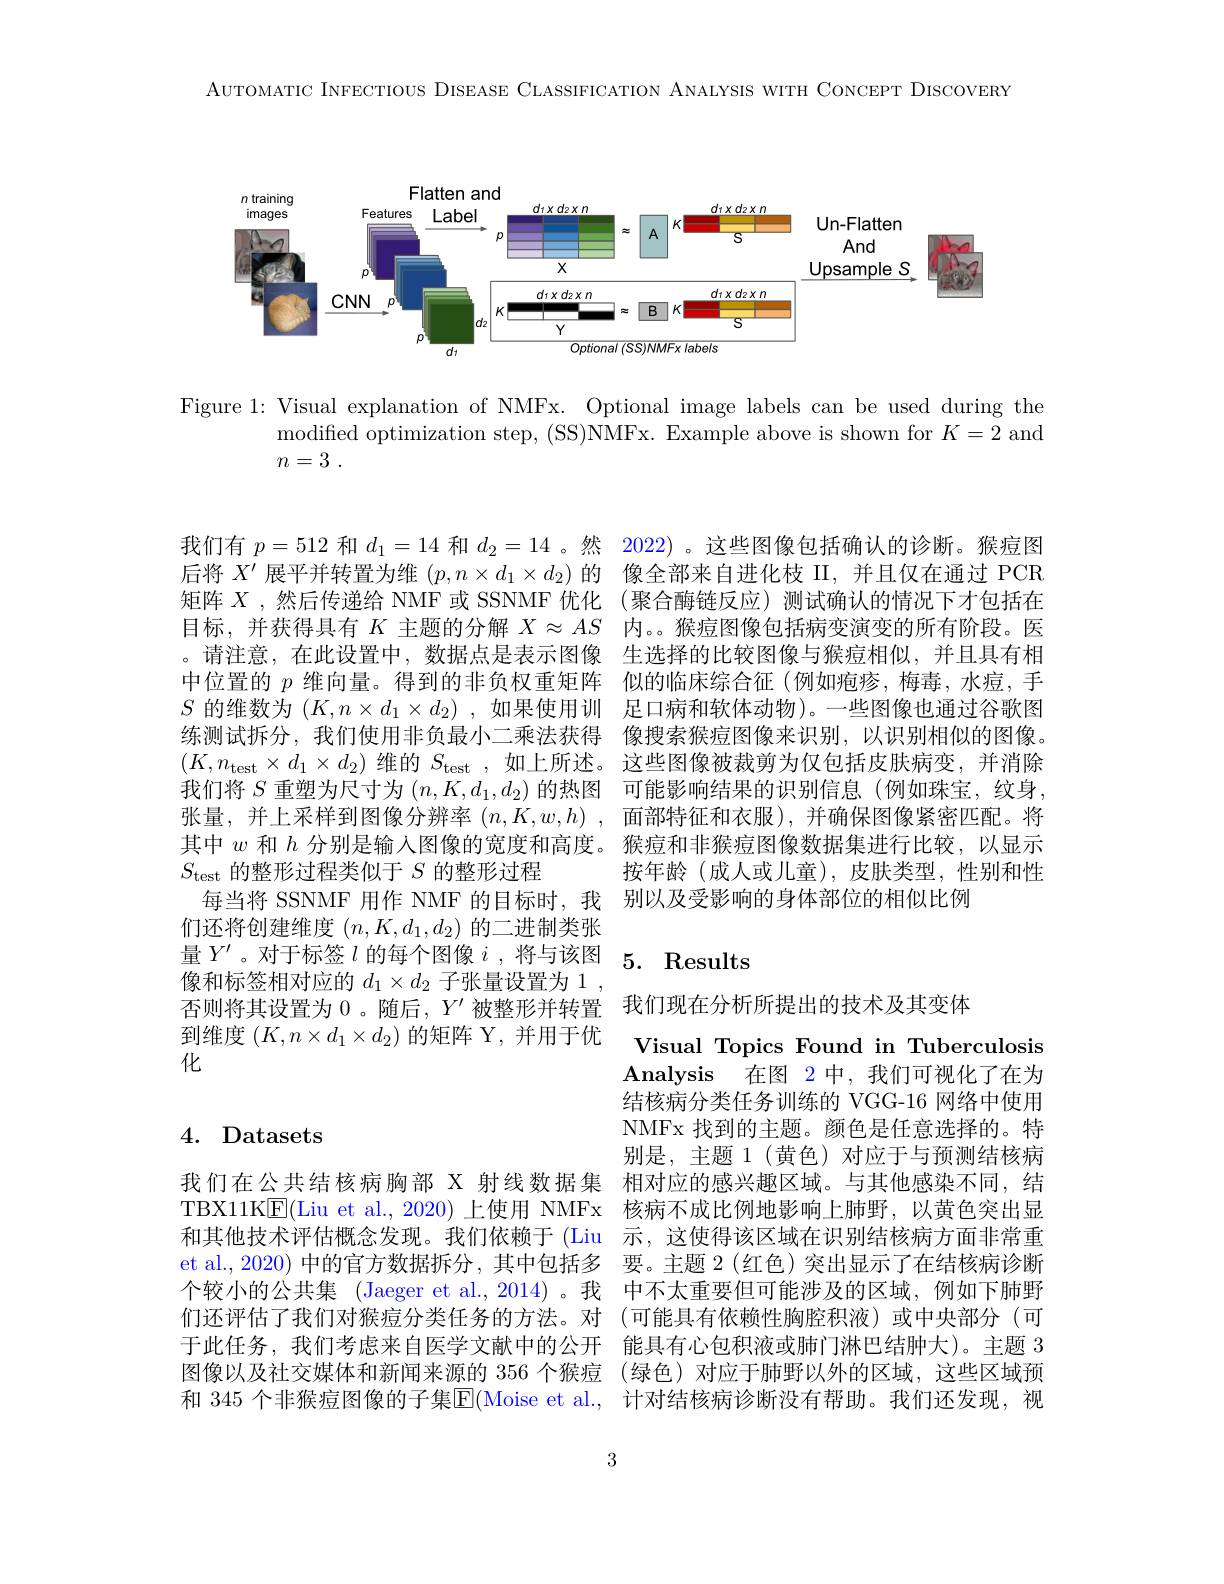
AUTOMATIC INFECTIOUS DISEASE CLASSIFICATION ANALYSIS WITH CONCEPT DISCOVERY

<FigureHere>

Figure 1: Visual explanation of NMFx. Optional image labels can be used during the
modified optimization step, (SS)NMFx. Example above is shown for $K=2$ and
$n= 3$ .

$S_{\mathrm{test}}$的整形过程类似于$S$的整形过程
们还将创建维度$(n,K,d_1,d_2)$的二进制类张
量$Y^\prime$。对于标签$l$ 的每个图像$i$,将与该图5.Results
像和标签相对应的$d_1\times d_2$子张量设置为 1 ,
否则将其设置为0 。随后，$Y^{\prime}$被整形并转置 我们现在分析所提出的技术及其变体
到维度$(K,n\times d_1\times d_2)$的矩阵 Y,并用于优
化

## 4. Datasets

我们有$p=512$和$d_{1}=14$和$d_{2}=14$ 。然 2022) 。这些图像包括确认的诊断。猴痘图后将$X^{\prime}$展平并转置为维$(p,n\times d_1\times d_2)$的 像全部来自进化枝 II,并且仅在通过 PCR 矩阵$X$ ,然后传递给 NMF 或 SSNMF 优化 (聚合酶链反应)测试确认的情况下才包括在目标，并获得具有$K$主题的分解$X\approx AS$内。。猴痘图像包括病变演变的所有阶段。医。请注意，在此设置中，数据点是表示图像 生选择的比较图像与猴痘相似，并且具有相中位置的$p$维向量。得到的非负权重矩阵 似的临床综合征 (例如疱疹，梅毒，水痘，手$S$的维数为$(K,n\times d_1\times d_2)$ ,如果使用训 足口病和软体动物)。一些图像也通过谷歌图练测试拆分，我们使用非负最小二乘法获得 像搜索猴痘图像来识别，以识别相似的图像。$(K,n_{\mathrm{test}}\times d_1\times d_2)$维的$S_\mathrm{test}$ ,如上所述。这些图像被裁剪为仅包括皮肤病变，并消除我们将$S$重塑为尺寸为$(n,K,d_1,d_2)$的热图 可能影响结果的识别信息(例如珠宝，纹身， 张量，并上采样到图像分辨率 $( n, K, w, h)$ , 面部特征和衣服),并确保图像紧密匹配。将其中$w$和$h$分别是输入图像的宽度和高度。猴痘和非猴痘图像数据集进行比较，以显示
按年龄(成人或儿童),皮肤类型，性别和性
每当将 SSNMF 用作 NMF 的目标时，我 别以及受影响的身体部位的相似比例

Visual Topics Found in Tuberculosis Analysis 在图 2中，我们可视化了在为结核病分类任务训练的 VGG-16 网络中使用NMFx 找到的主题。颜色是任意选择的。特别是，主题 1(黄色)对应于与预测结核病
我们在公共结核病胸部 X 射线数据集 相对应的感兴趣区域。与其他感染不同，结TBX11K$\underline{\mathrm{E}}($Liu et al., 2020) 上使用 NMFx 核病不成比例地影响上肺野，以黄色突出显和其他技术评估概念发现。我们依赖于 (Liu 示，这使得该区域在识别结核病方面非常重et al., 2020) 中的官方数据拆分，其中包括多 要。主题 2 (红色)突出显示了在结核病诊断个较小的公共集 (Jaeger et al.,2014)。我 中不太重要但可能涉及的区域，例如下肺野们还评估了我们对猴痘分类任务的方法。对 (可能具有依赖性胸腔积液)或中央部分 (可于此任务，我们考虑来自医学文献中的公开 能具有心包积液或肺门淋巴结肿大)。主题 3图像以及社交媒体和新闻来源的 356 个猴痘 (绿色)对应于肺野以外的区域，这些区域预和 345 个非猴痘图像的子集$\mathbb{E}($Moise et al., 计对结核病诊断没有帮助。我们还发现，视

3